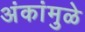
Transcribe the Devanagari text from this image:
अंकांमुळे